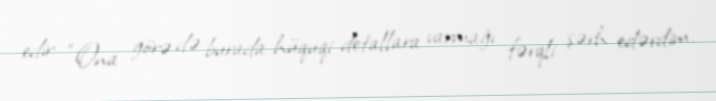
edir: “Ona görə də burada hüquqi detallara varmağı fərqli şərh edərdim.